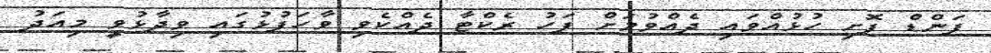
ފަންޑް ފޮށި ހުޅުއްވައި ދެއްވުމަށް ފަހު ރެކްޓާ ދެއްކެވި ވާހަފުޅުގައި ވިދާޅުވީ މިއަދު